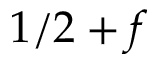
1 / 2 + f